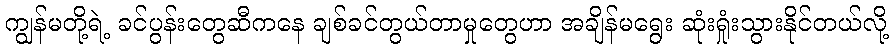
ကျွန်မတို့ရဲ့ ခင်ပွန်းတွေဆီကနေ ချစ်ခင်တွယ်တာမှုတွေဟာ အချိန်မရွေး ဆုံးရှုံးသွားနိုင်တယ်လို့